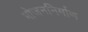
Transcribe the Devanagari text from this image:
भोजननिर्माण